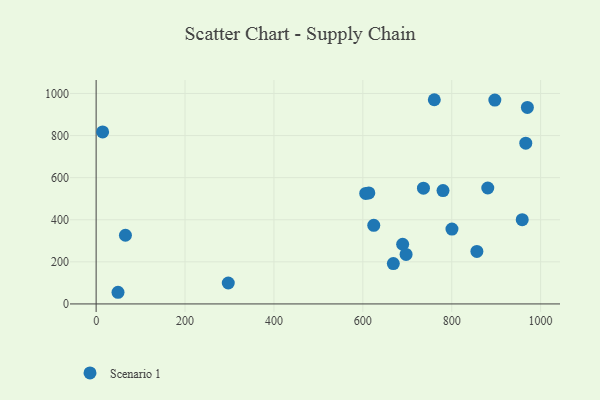
{"axis": {"x": "Speed", "y": "Yield"}, "legend": ["Scenario 1"], "data": [{"x": "606.5", "y": 525.0, "type": "Scenario 1"}, {"x": "297.3", "y": 99.5, "type": "Scenario 1"}, {"x": "49.2", "y": 55.4, "type": "Scenario 1"}, {"x": "958.6", "y": 400.4, "type": "Scenario 1"}, {"x": "800.5", "y": 355.8, "type": "Scenario 1"}, {"x": "65.9", "y": 326.4, "type": "Scenario 1"}, {"x": "668.6", "y": 191.9, "type": "Scenario 1"}, {"x": "689.6", "y": 283.5, "type": "Scenario 1"}, {"x": "697.3", "y": 235.2, "type": "Scenario 1"}, {"x": "613.5", "y": 527.5, "type": "Scenario 1"}, {"x": "14.6", "y": 817.3, "type": "Scenario 1"}, {"x": "881.1", "y": 550.9, "type": "Scenario 1"}, {"x": "966.6", "y": 763.7, "type": "Scenario 1"}, {"x": "897.0", "y": 968.4, "type": "Scenario 1"}, {"x": "624.6", "y": 373.6, "type": "Scenario 1"}, {"x": "736.4", "y": 549.9, "type": "Scenario 1"}, {"x": "856.6", "y": 249.6, "type": "Scenario 1"}, {"x": "780.4", "y": 538.8, "type": "Scenario 1"}, {"x": "760.8", "y": 970.3, "type": "Scenario 1"}, {"x": "970.2", "y": 933.8, "type": "Scenario 1"}]}